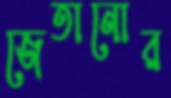
জেতানোর